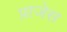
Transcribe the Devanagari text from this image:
प्राजेस